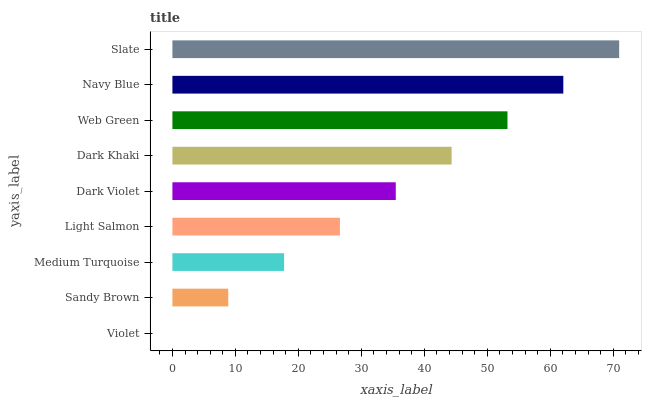
| yaxis_label | bars |
 | --- | --- |
 | Violet | 0 |
 | Sandy Brown | 8.87 |
 | Medium Turquoise | 17.7 |
 | Light Salmon | 26.6 |
 | Dark Violet | 35.5 |
 | Dark Khaki | 44.3 |
 | Web Green | 53.2 |
 | Navy Blue | 62.1 |
 | Slate | 70.9 |